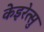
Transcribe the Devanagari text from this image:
केइरेत्सु